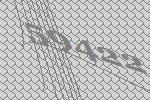
59422